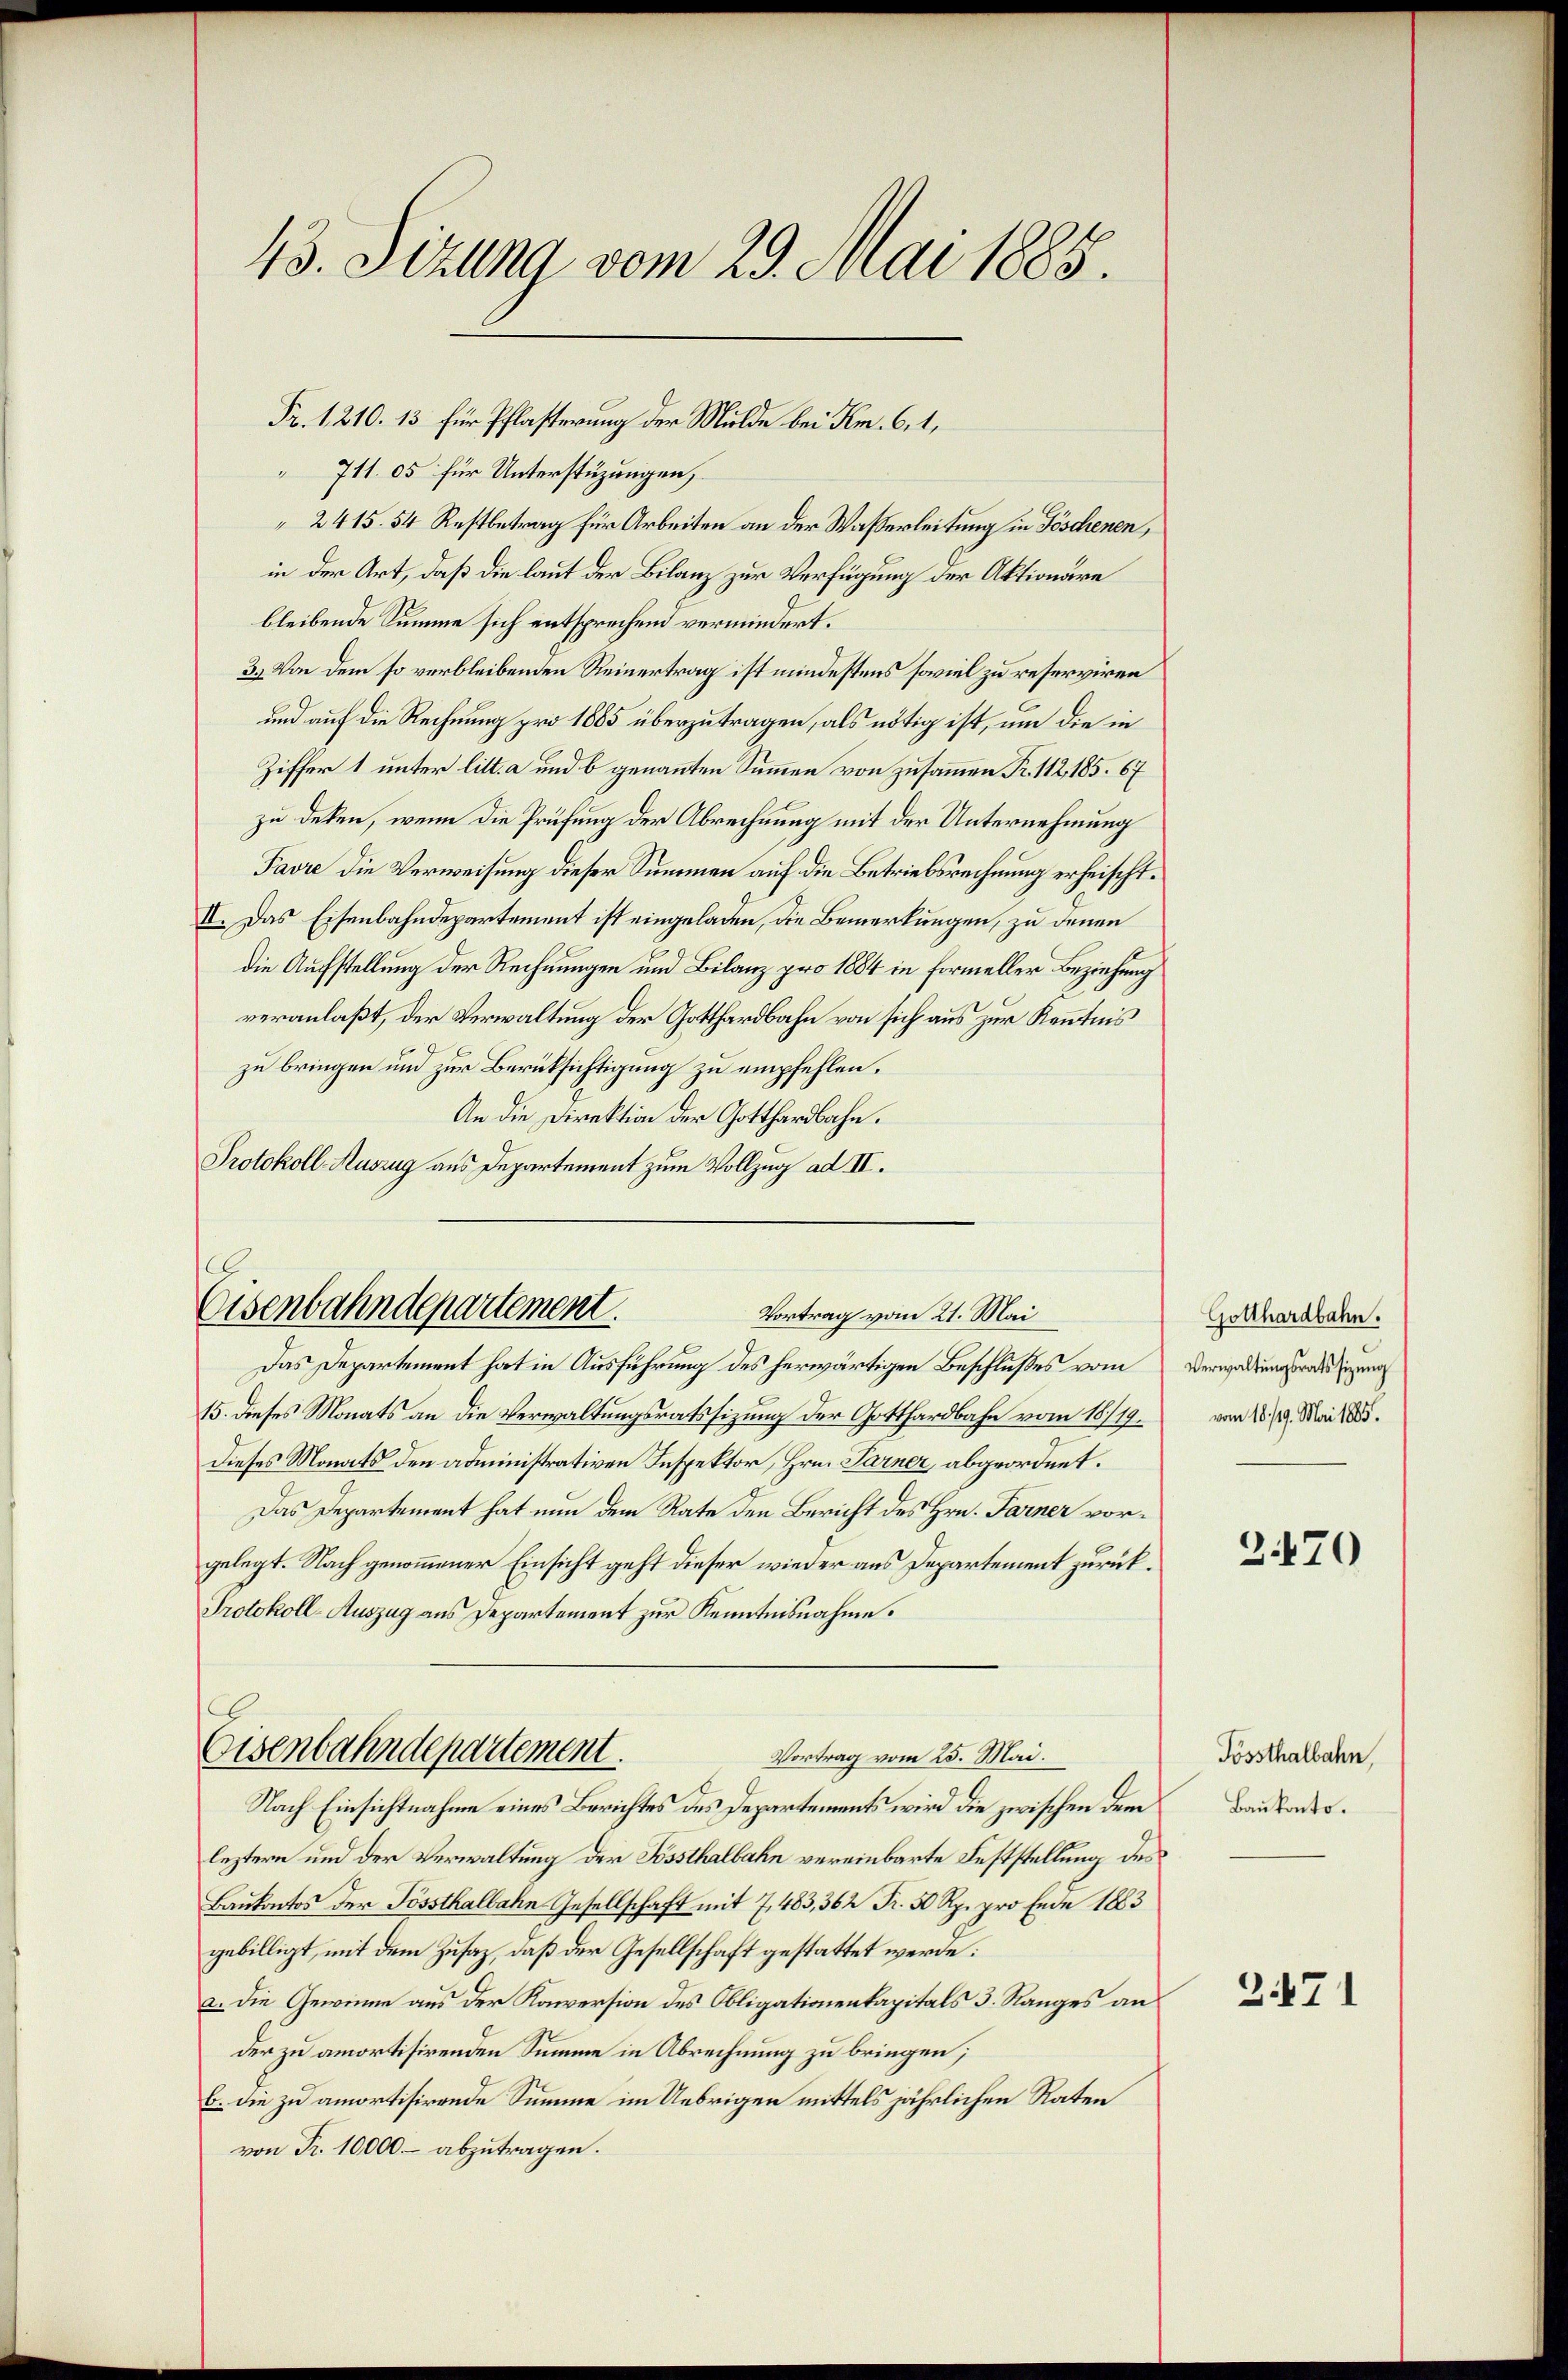
43. Sizung vom 29. Mai 1885.

711. 05 für Unterstüzungen,
2415. 54 Restbetrag für Arbeiten an der Wasserleitung in Göschenen,
in der Art, daß die laut der Bilanz zur Verfügung der Aktionäre
bleibende Summe sich entsprechend vermindert.
3. Von dem so verbleibenden Reinertrag ist mindestens soviel zu reserviren
und auf die Rechnung pro 1885 überzutragen, als nötig ist, um die in
Ziffer 1 unter litt. a und b genannten Summen von zusammen Fr. 112, 185. 67
zu deken, wenn die Prüfung der Abrechnung mit der Unternehmung
Favre die Verweisung dieser Summen auf die Betriebsrechnung erheischt.
II. Das Eisenbahndepartement ist eingeladen, die Bemerkungen, zu denen
die Aufstellung der Rechnungen und Bilanz pro 1884 in formeller Beziehung
veranlaßt, der Verwaltung der Gotthardbahn von sich aus zur Kenntnis
zu bringen und zur Berücksichtigung zu empfehlen.
An die Direktion der Gotthardbahn.
Protokoll-Ruszug aus Departement zum Vollzug ad II.

Das Departement hat in Ausführung des herwärtigen Beschlußes vom
15. dieses Monats an die Verwaltungsratssizung der Gotthardbahn vom 18./19.
dieses Monats den administrativen Inspektor, Hrn. Parner, abgeordnet.
Das Departement hat nun dem Rate den Bericht des Hrn. Farner vorgelegt. Nach genommener Einsicht geht dieser wieder aus Departement zurück¬
Protokoll-Auszug aus Departement zur Kenntnisnahme.
Nach Einsichtnahme eines Berichtes des Departements wird die zwischen dem
leztern und der Verwaltung der Sössthalbahn vereinbarte Feststellung des
Baukontos der Sössthalbahn Gesellschaft mit 7, 483, 362 Fr. 50 Rp. pro Ende 1883
gebilligt, mit dem Zusaz, daß der Gesellschaft gestattet werde:
a. Die Gewinne aus der Kaversion des Obligationenkapitals 3. Ranges an
der zu amortisirenden Summe in Abrechnung zu bringen;
b. die zu amortisirende Summe im Uebrigen mittels jährlichen Raten
von Fr. 10000 – abzutragen.

Fr. 1,210. 13 für Pflasterung der Milde bei Km. 6. 1,

Eisenbahndepartement.
Vortrag vom 21. Mai

Eisenbahndepartement.
Vortrag vom 25. Mai.

Gotthardbahn.
Verwaltungsratssizung
vom 18./19. Mai 1885.

3.470

Tossthalbahn,
Baukonto.

2471